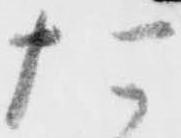
た